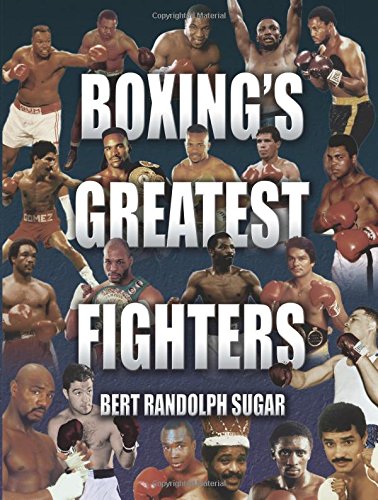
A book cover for Boxing's Greatest Fighters; Bert Randolph Sugar; Sports & Outdoors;